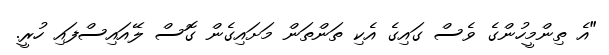
"އެ ތިންމީހުންގެ ވެސް ގައިގެ އެކި ތަންތަން މަށައިގެން ގޮސް ލޭއައިސްފައި ހުރީ.